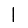
Digit: 1